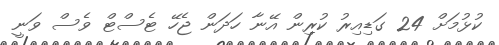
ކުޅުމަށް 24 ގަޑިއިރު ކުރިން އޭނާ ހަދަން ޖެހޭ ޓެސްޓް ވެސް ވަނީ